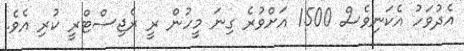
އެދުވަހު އެކަނިވެސް 1500 އަށްވުރެ ގިނަ މީހުން ރީ ރެޖިސްޓްރީ ކުރި އެވެ.